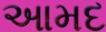
આમદ